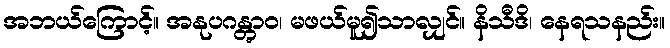
အဘယ်ကြောင့်။ အနုပဂန္တွာဝ၊ မဖယ်မူ၍သာလျှင်။ နိသီဒိ၊ နေရသနည်း။